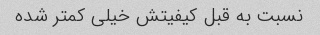
نسبت به قبل کیفیتش خیلی کمتر شده